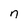
Character: n